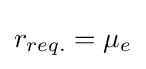
r_{req.}=\mu _{e}